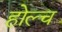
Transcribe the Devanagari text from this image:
होल्च